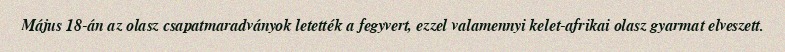
Május 18-án az olasz csapatmaradványok letették a fegyvert, ezzel valamennyi kelet-afrikai olasz gyarmat elveszett.